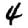
Digit: 4